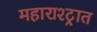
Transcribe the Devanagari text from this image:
महाराश्ट्रात